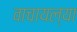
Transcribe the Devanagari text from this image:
वाचायल्या